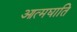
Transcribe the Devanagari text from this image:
आत्मघाति